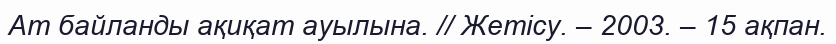
Ат байланды ақиқат ауылына. // Жетісу. – 2003. – 15 ақпан.